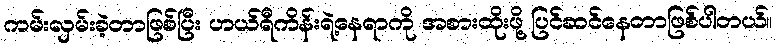
ကမ်းလှမ်းခဲ့တာဖြစ်ပြီး ဟယ်ရီကိန်းရဲ့နေရာကို အစားထိုးဖို့ ပြင်ဆင်နေတာဖြစ်ပါတယ်။